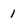
Character: 1